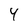
Character: 4